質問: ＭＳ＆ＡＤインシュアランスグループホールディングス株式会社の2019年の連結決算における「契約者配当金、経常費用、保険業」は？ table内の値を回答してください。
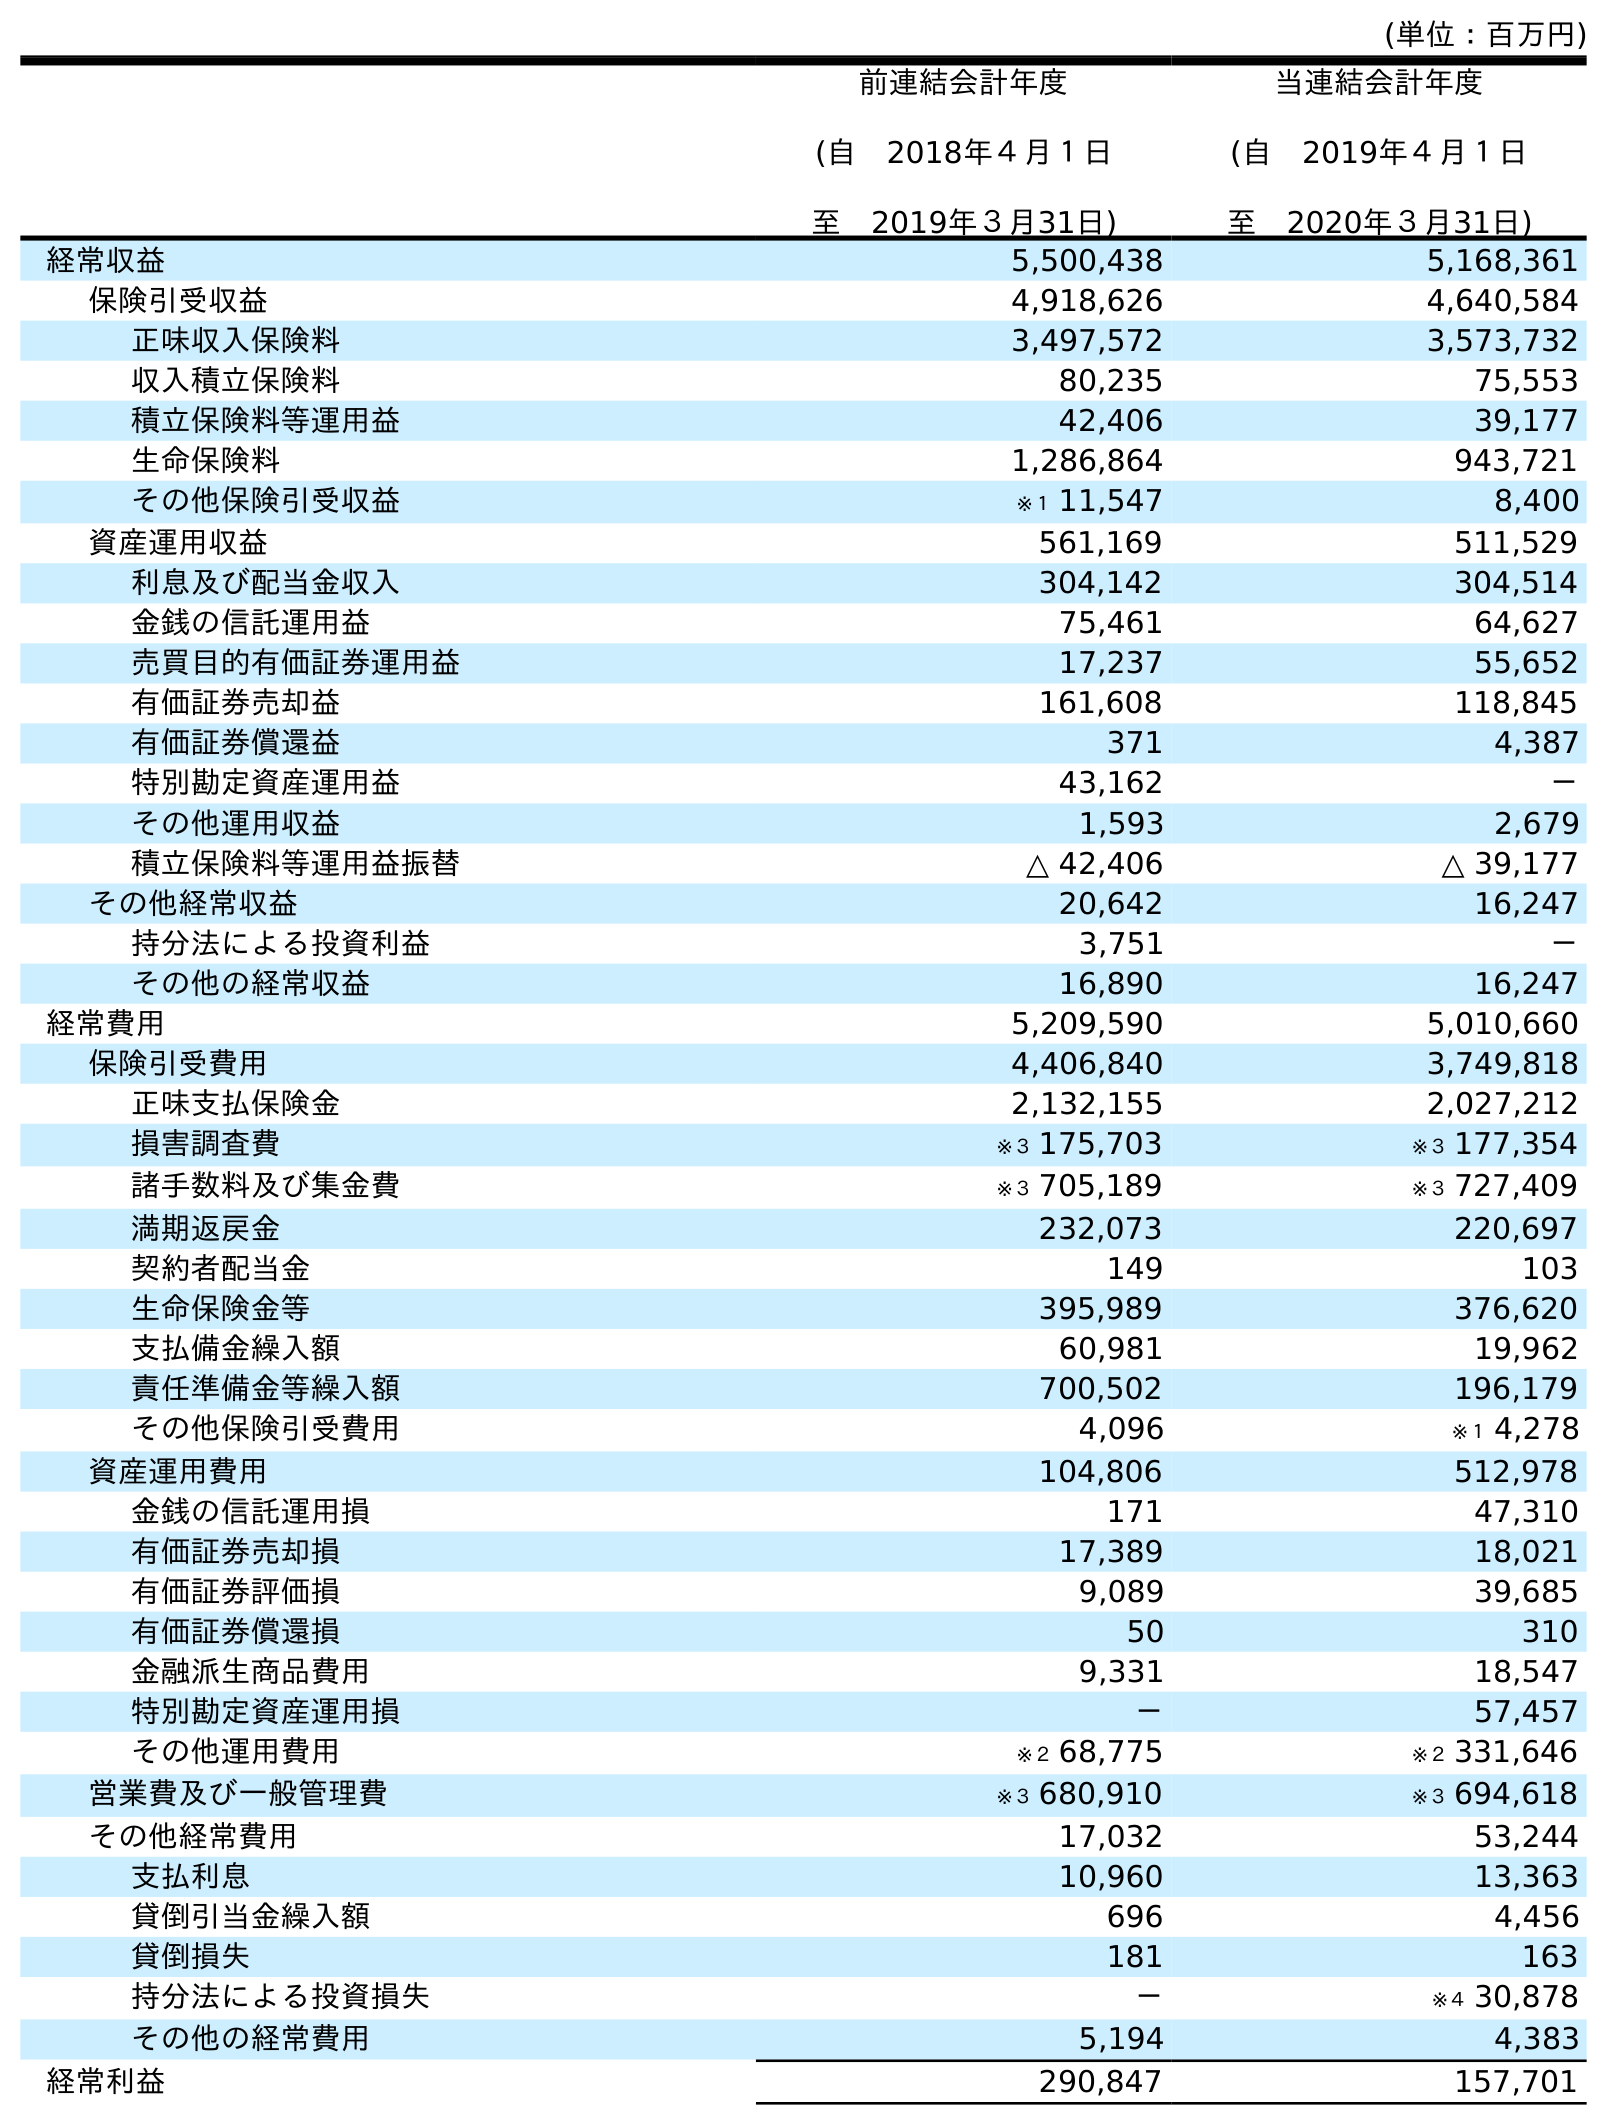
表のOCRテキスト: (単位：百万円) 前連結会計年度 (自 2018年４月１日 至 2019年３月31日) 当連結会計年度 (自 2019年４月１日 至 2020年３月31日) 経常収益 5,500,438 5,168,361 保険引受収益 4,918,626 4,640,584 正味収入保険料 3,497,572 3,573,732 収入積立保険料 80,235 75,553 積立保険料等運用益 42,406 39,177 生命保険料 1,286,864 943,721 その他保険引受収益 ※１ 11,547 8,400 資産運用収益 561,169 511,529 利息及び配当金収入 304,142 304,514 金銭の信託運用益 75,461 64,627 売買目的有価証券運用益 17,237 55,652 有価証券売却益 161,608 118,845 有価証券償還益 371 4,387 特別勘定資産運用益 43,162 － その他運用収益 1,593 2,679 積立保険料等運用益振替 △ 42,406 △ 39,177 その他経常収益 20,642 16,247 持分法による投資利益 3,751 － その他の経常収益 16,890 16,247 経常費用 5,209,590 5,010,660 保険引受費用 4,406,840 3,749,818 正味支払保険金 2,132,155 2,027,212 損害調査費 ※３ 175,703 ※３ 177,354 諸手数料及び集金費 ※３ 705,189 ※３ 727,409 満期返戻金 232,073 220,697 契約者配当金 149 103 生命保険金等 395,989 376,620 支払備金繰入額 60,981 19,962 責任準備金等繰入額 700,502 196,179 その他保険引受費用 4,096 ※１ 4,278 資産運用費用 104,806 512,978 金銭の信託運用損 171 47,310 有価証券売却損 17,389 18,021 有価証券評価損 9,089 39,685 有価証券償還損 50 310 金融派生商品費用 9,331 18,547 特別勘定資産運用損 － 57,457 その他運用費用 ※２ 68,775 ※２ 331,646 営業費及び一般管理費 ※３ 680,910 ※３ 694,618 その他経常費用 17,032 53,244 支払利息 10,960 13,363 貸倒引当金繰入額 696 4,456 貸倒損失 181 163 持分法による投資損失 － ※４ 30,878 その他の経常費用 5,194 4,383 経常利益 290,847 157,701
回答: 149